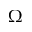
\Omega